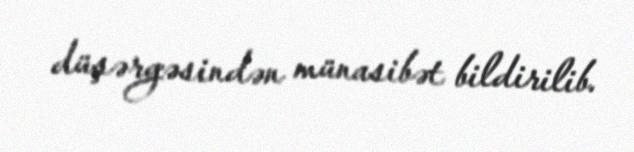
düşərgəsindən münasibət bildirilib.